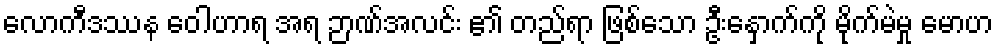
လောကီဒဿန ဝေါဟာရ အရ ဉာဏ်အလင်း ၏ တည်ရာ ဖြစ်သော ဦးနှောက်ကို မိုက်မဲမှု မောဟ